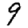
Digit: 9